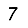
Digit: 7